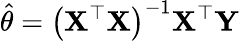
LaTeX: \hat{\mathbf{\theta}}=\left(\mathbf{X}^{\top}\mathbf{X}\right)^{-1}\mathbf{X}^{\top}\mathbf{Y}